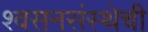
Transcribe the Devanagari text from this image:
श्वसनसंस्थेची